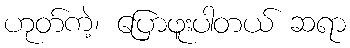
ဟုတ်ကဲ့၊ ပြောဖူးပါတယ် ဆရာ